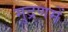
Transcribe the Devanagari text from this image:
मुद्रणमें